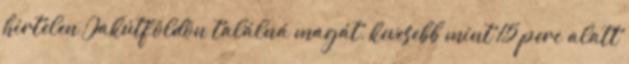
hirtelen Jakútföldön találná magát, kevesebb mint 15 perc alatt